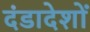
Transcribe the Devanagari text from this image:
दंडादेशों